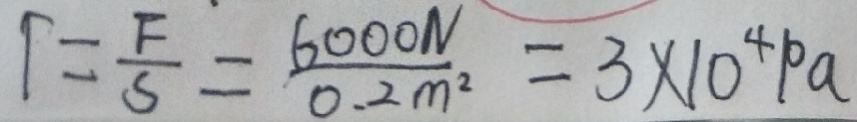
T = \frac { F } { S } = \frac { 6 0 0 0 N } { 0 . 2 m ^ { 2 } } = 3 \times 1 0 ^ { 4 } p a